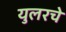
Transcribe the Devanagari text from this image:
युलरचे